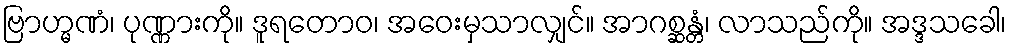
ဗြာဟ္မဏံ၊ ပုဏ္ဏားကို။ ဒူရတောဝ၊ အဝေးမှသာလျှင်။ အာဂစ္ဆန္တံ၊ လာသည်ကို။ အဒ္ဒသခေါ၊